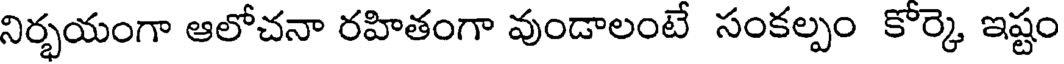
నిర్భయంగా ఆలోచనా రహితంగా వుండాలంటే సంకల్పం కోర్కె ఇష్టం